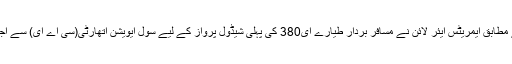
حکومتی ذرائع کے مطابق ایمریٹس ایئر لائن نے مسافر بردار طیارے ای380 کی پہلی شیڈول پرواز کے لیے سول ایویشن اتھارٹی(سی اے ای) سے اجازت طلب کی ہے۔